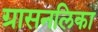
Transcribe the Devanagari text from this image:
ग्रासनलिका